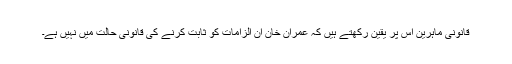
قانونی ماہرین اس پر یقین رکھتے ہیں کہ عمران خان اُن الزامات کو ثابت کرنے کی قانونی حالت میں نہیں ہے۔